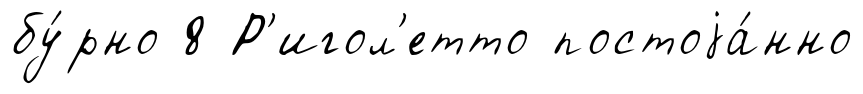
бу́рно 8 Р'игол'етто постоjа́нно